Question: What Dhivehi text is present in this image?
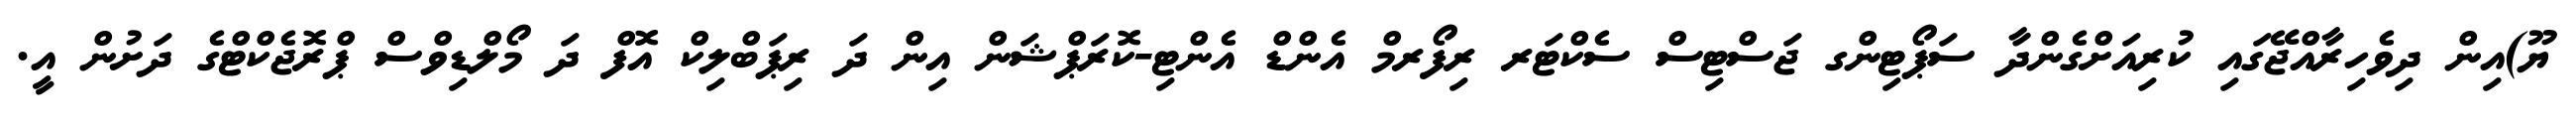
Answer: ޔޫ)އިން ދިވެހިރާއްޖޭގައި ކުރިއަށްގެންދާ ސަޕޯޓިންގ ޖަސްޓިސް ސެކްޓަރ ރިފޯރމް އެންޑް އެންޓި-ކޮރަޕްޝަން އިން ދަ ރިޕަބްލިކް އޮފް ދަ މޯލްޑިވްސް ޕްރޮޖެކްޓްގެ ދަށުން އީ.